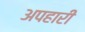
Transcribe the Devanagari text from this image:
अपहारी